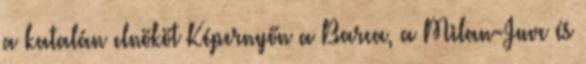
a katalán elnököt Képernyőn a Barca, a Milan-Juve és